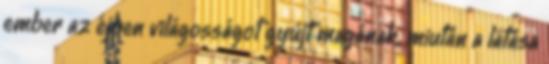
ember az éjben világosságot gyújt magának, miután a látása